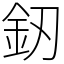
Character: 釼